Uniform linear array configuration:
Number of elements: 16
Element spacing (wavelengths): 0.25
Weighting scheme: hamming
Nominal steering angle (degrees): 30
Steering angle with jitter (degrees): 29.872
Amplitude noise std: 0.05
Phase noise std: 0.05

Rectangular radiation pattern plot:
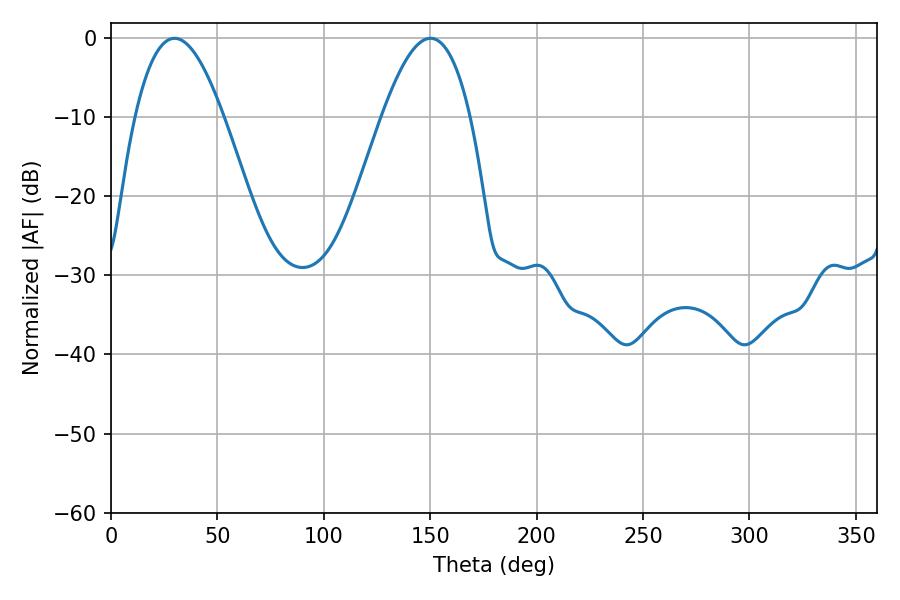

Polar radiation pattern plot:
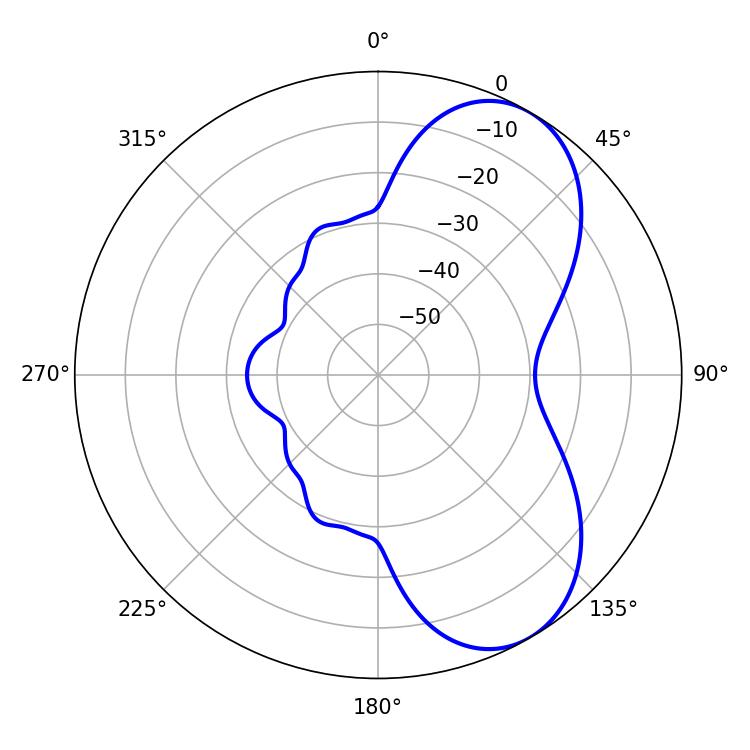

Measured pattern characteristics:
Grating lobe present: FALSE
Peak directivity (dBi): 6.583
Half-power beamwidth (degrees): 22.68
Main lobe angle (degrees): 29.88